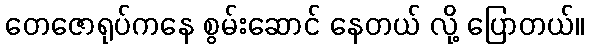
တေဇောရုပ်ကနေ စွမ်းဆောင် နေတယ် လို့ ပြောတယ်။